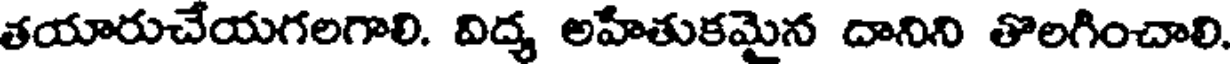
తయారుచేయగలగాలి. విద్య అహితుకమైన దానిని తొలగించాలి